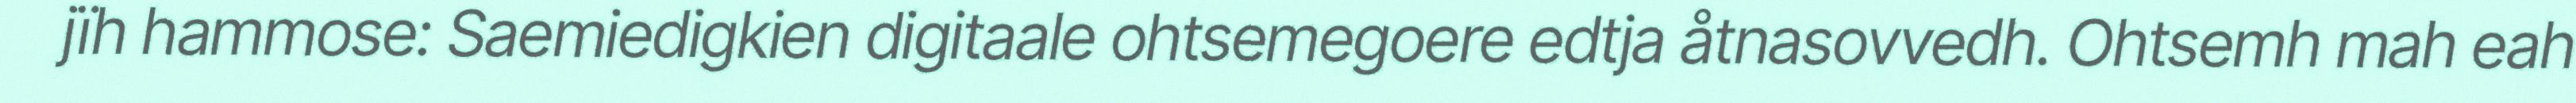
jïh hammose: Saemiedigkien digitaale ohtsemegoere edtja åtnasovvedh. Ohtsemh mah eah